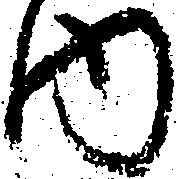
内